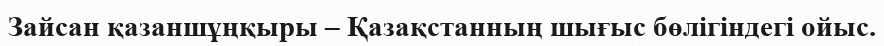
Зайсан қазаншұңқыры – Қазақстанның шығыс бөлігіндегі ойыс.